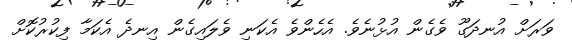
ވަރަށް އުނދަގޫ ވެގެން އުޅުނެވެ. އެހެންވެ އެކަނި ވެލައިގެން އިނދެ އެކަމާ ފިކުރުކޮށް